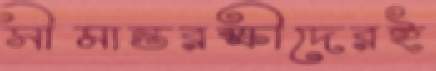
সীমান্তরক্ষীদেরই